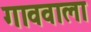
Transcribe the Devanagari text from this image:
गाववाला